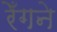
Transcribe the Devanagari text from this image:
रेँगने